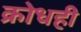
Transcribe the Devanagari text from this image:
क्रोधही